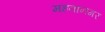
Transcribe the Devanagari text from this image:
महवानगर